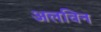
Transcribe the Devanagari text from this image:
अलविन